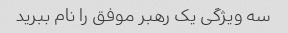
سه ویژگی یک رهبر موفق را نام ببرید